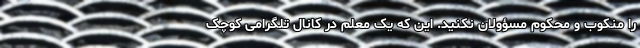
را منکوب و محکوم مسؤولان نکنید. این که یک معلم در کانال تلگرامی کوچک